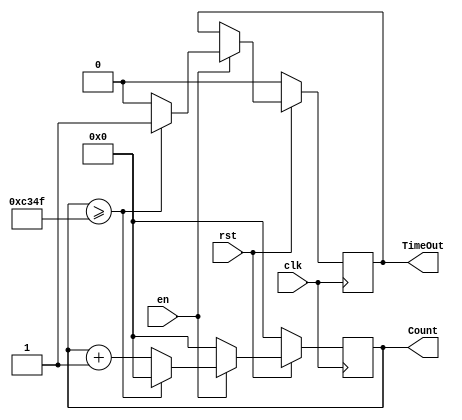
//Course: ECE 6370
//Timer1ms
//A 1ms timer which produces a timeout signal.
//Trial #1, 3/18/19

module Timer1msWD( en, Count, TimeOut, clk, rst);
	input en, clk, rst;
	output [15:0] Count;
	reg [15:0] Count;
	output TimeOut;	
	reg TimeOut;

	always@(posedge clk)
		begin
		if(rst==0)
			begin
			TimeOut <=0; 
			Count <=0;
			end
		else
			begin 
			if(en==1)
				begin
				if(Count>=49999)
					begin
					TimeOut <=1;
					Count <=0;
					end
				else
					begin
					TimeOut <=0;
					Count <= Count+1'b1;
					end
				end
			else
				begin
				Count <= 0;		
				end
			end 
		end
endmodule